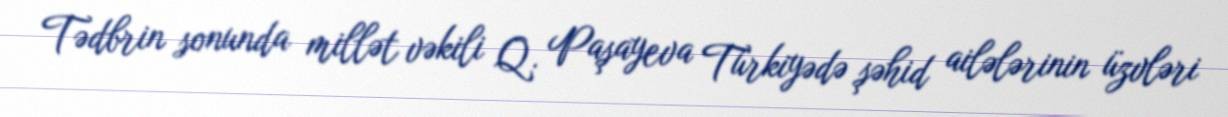
Tədbrin sonunda millət vəkili Q. Paşayeva Türkiyədə şəhid ailələrinin üzvləri